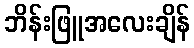
ဘိန်းဖြူအလေးချိန်